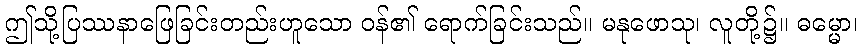
ဤသို့ပြဿနာဖြေခြင်းတည်းဟူသော ဝန်၏ ရောက်ခြင်းသည်။ မနုဖောသု၊ လူတို့၌။ ဓမ္မော၊